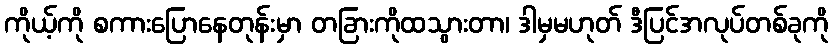
ကိုယ့်ကို စကားပြောနေတုန်းမှာ တခြားကိုထသွားတာ၊ ဒါမှမဟုတ် ဒီပြင်အလုပ်တစ်ခုကို